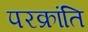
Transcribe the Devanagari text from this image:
परक्रांति